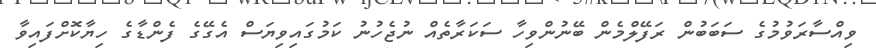
ވިއްސާރަވުމުގެ ސަބަބުން ރަފޭލްމެން ބޭނުންވިހާ ސަކަރާތެއް ނުޖެހުނު ކަމުގައިވިޔަސް އެގޭގެ ފެންޑާގެ ހިޔާކޮށްފައިވާ